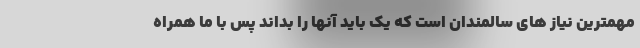
مهمترین نیاز های سالمندان است که یک باید آنها را بداند پس با ما همراه